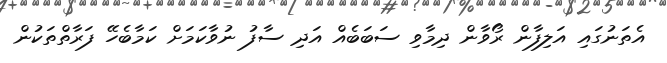
އެތަނުގައި އަލިފާން ރޯވާން ދިމާވި ސަބަބެއް އަދި ސާފު ނުވާކަމަށް ކަމާބެހޭ ފަރާތްތަކުން